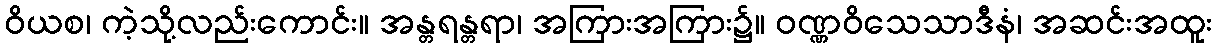
ဝိယစ၊ ကဲ့သို့လည်းကောင်း။ အန္တရန္တရာ၊ အကြားအကြား၌။ ဝဏ္ဏဝိသေသာဒီနံ၊ အဆင်းအထူး